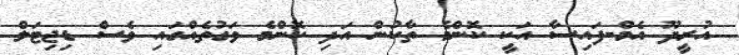
އުރީދޫ އެމް-ފައިސާ އަކީ ކޮންމެ ތާކުން އަދި ކޮންމެ ވަގުތެއްގައި ވެސް ޑިޖިޓަލް